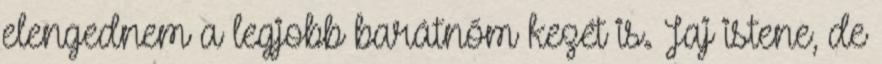
elengednem a legjobb barátnőm kezét is. Jaj istene, de